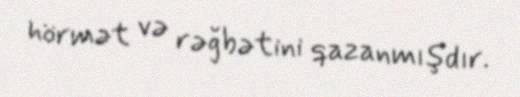
hörmət və rəğbətini qazanmışdır.